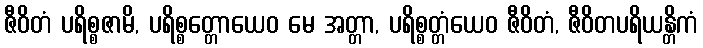
ဇီဝိတံ ပရိစ္စဇာမိ, ပရိစ္စတ္တောယေဝ မေ အတ္တာ, ပရိစ္စတ္တံယေဝ ဇီဝိတံ, ဇီဝိတပရိယန္တိကံ